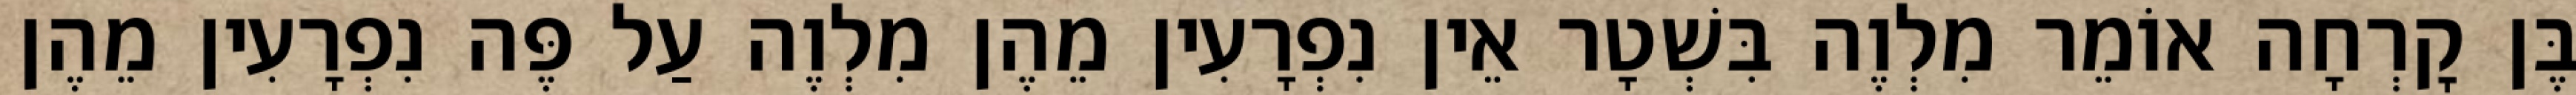
בֶּן קׇרְחָה אוֹמֵר מִלְוֶה בִּשְׁטָר אֵין נִפְרָעִין מֵהֶן מִלְוֶה עַל פֶּה נִפְרָעִין מֵהֶן